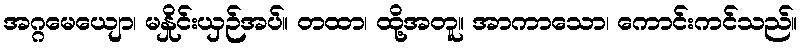
အဂ္ဂမေယျော၊ မနှိုင်းယှဉ်အပ်။ တထာ၊ ထို့အတူ။ အာကာသော၊ ကောင်းကင်သည်။